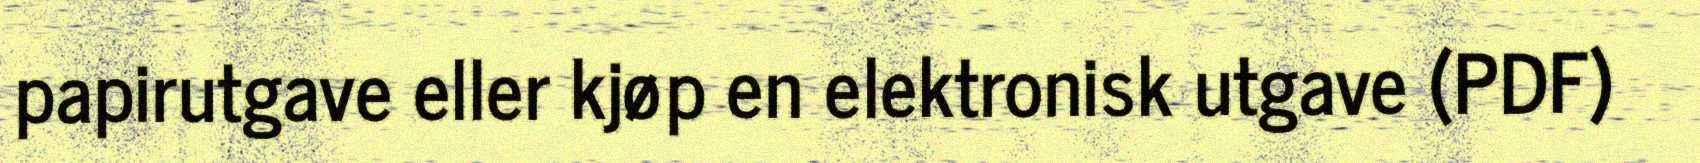
papirutgave eller kjøp en elektronisk utgave (PDF)